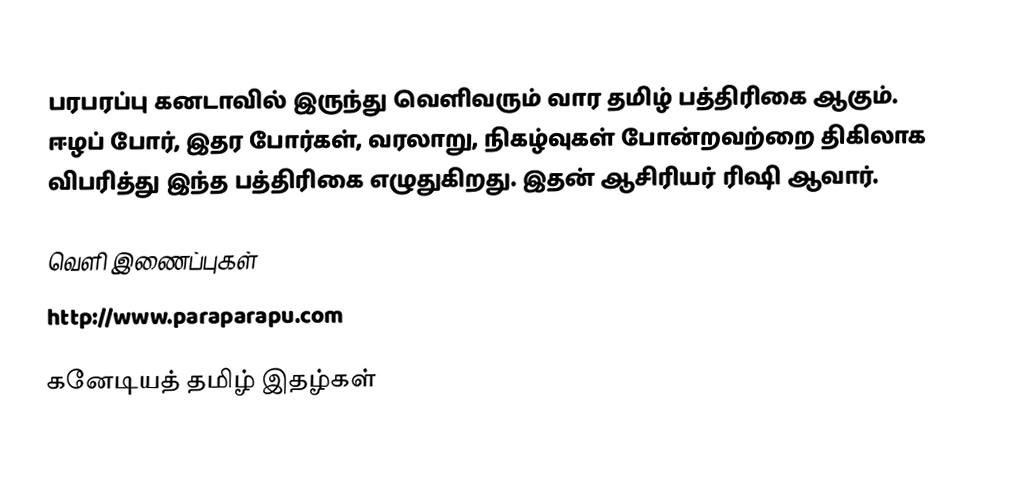
பரபரப்பு கனடாவில் இருந்து வெளிவரும் வார தமிழ் பத்திரிகை ஆகும்.  ஈழப் போர், இதர போர்கள், வரலாறு, நிகழ்வுகள் போன்றவற்றை திகிலாக விபரித்து இந்த பத்திரிகை எழுதுகிறது.  இதன் ஆசிரியர் ரிஷி ஆவார்.

வெளி இணைப்புகள்
 http://www.paraparapu.com

கனேடியத் தமிழ் இதழ்கள்